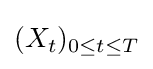
(X_{t})_{0\leq t\leq T}